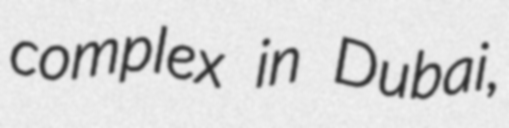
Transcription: complex in Dubai,